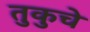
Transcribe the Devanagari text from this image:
तुकुचे